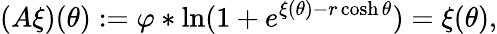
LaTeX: (A\xi)(\theta):=\varphi\ast\ln(1+e^{\xi(\theta)-r\cosh\theta})=\xi(\theta),